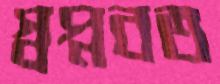
স্বপ্নবত